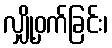
လျှို့ဝှက်ခြင်း၊